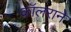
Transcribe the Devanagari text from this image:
कॉलराने